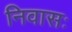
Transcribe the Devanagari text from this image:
निवासः